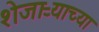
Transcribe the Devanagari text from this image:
शेजाऱ्याच्या